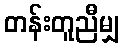
တန်းတူညီမျှ